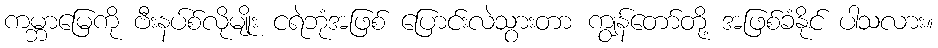
ကမ္ဘာမြေကို ဗီးနပ်စ်လိုမျိုး ငရဲဘုံအဖြစ် ပြောင်းလဲသွားတာ ကျွန်တော်တို့ အဖြစ်ခံနိုင် ပါသလား။